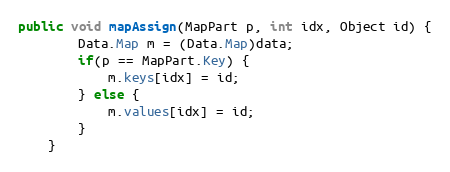
Language: Java
public void mapAssign(MapPart p, int idx, Object id) {
        Data.Map m = (Data.Map)data;
        if(p == MapPart.Key) {
            m.keys[idx] = id;
        } else {
            m.values[idx] = id;
        }
    }